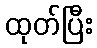
ထုတ်ပြီး